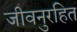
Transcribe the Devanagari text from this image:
जीवनुरहित